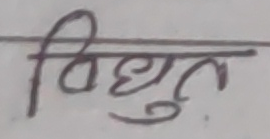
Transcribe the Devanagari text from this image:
विद्युत